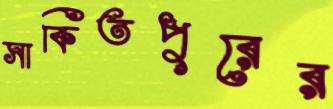
সাকিতপুরের